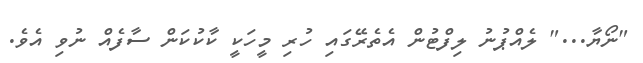
"ނޯޔާ..." ލެއްޕުނު ލިފްޓުން އެތެރޭގައި ހުރި މީހަކީ ކާކުކަން ސާފެއް ނުވި އެވެ.